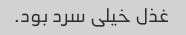
غذل خیلی سرد بود.